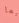
بما